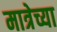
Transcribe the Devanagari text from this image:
मात्रेच्या